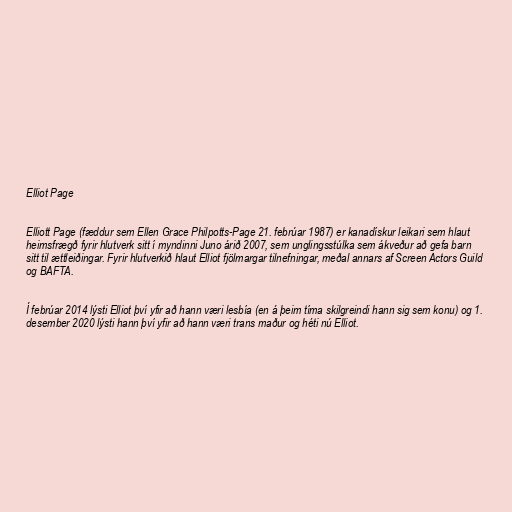
Elliot Page

Elliott Page (fæddur sem Ellen Grace Philpotts-Page 21. febrúar 1987) er kanadískur leikari sem hlaut
heimsfrægð fyrir hlutverk sitt í myndinni Juno árið 2007, sem unglingsstúlka sem ákveður að gefa barn
sitt til ættleiðingar. Fyrir hlutverkið hlaut Elliot fjölmargar tilnefningar, meðal annars af Screen Actors Guild
og BAFTA.

Í febrúar 2014 lýsti Elliot því yfir að hann væri lesbía (en á þeim tíma skilgreindi hann sig sem konu) og 1.
desember 2020 lýsti hann því yfir að hann væri trans maður og héti nú Elliot.